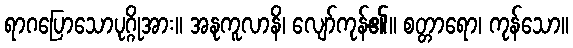
ရာဂပြောသောပုဂ္ဂိုအား။ အနုကူလာနိ၊ လျော်ကုန်၏။ စတ္တာရော၊ ကုန်သော။